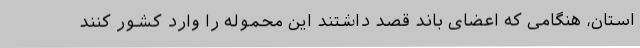
استان، هنگامی که اعضای باند قصد داشتند این محموله را وارد کشور کنند